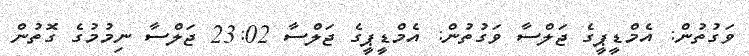
ވަގުތުން: އެމްޑީޕީގެ ޖަލްސާ ވަގުތުން: އެމްޑީޕީގެ ޖަލްސާ 23:02 ޖަލްސާ ނިމުމުގެ ގޮތުން